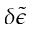
\delta \tilde { \epsilon }